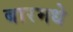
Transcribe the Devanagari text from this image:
बारमधे